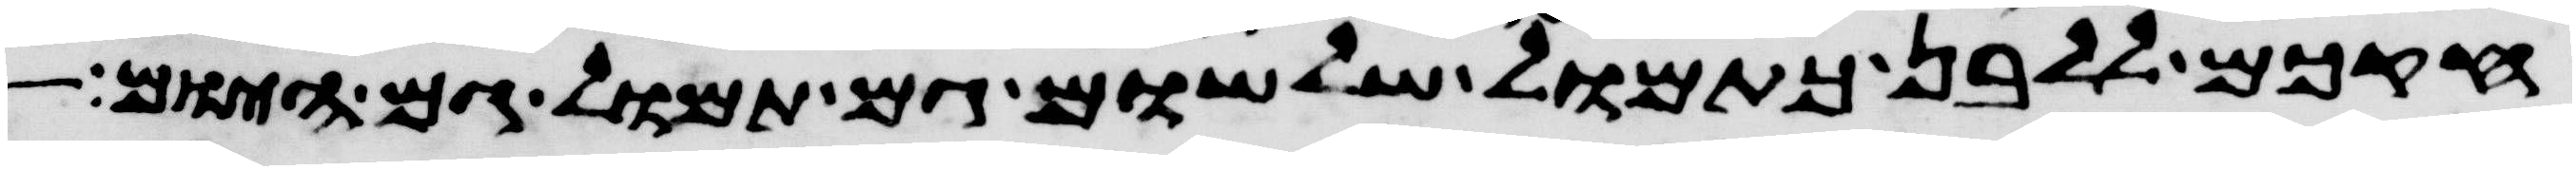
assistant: חקכם ללבן כתמול שלשום גם תמול גם היום